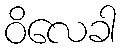
ဝိလေခါ